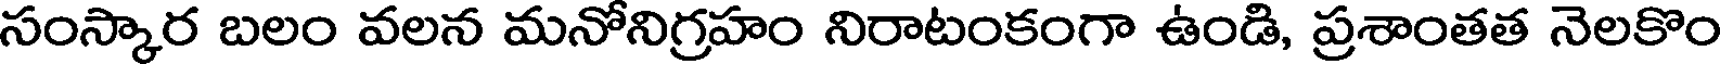
సంస్కార బలం వలన మనోనిగ్రహం నిరాటంకంగా ఉండి, ప్రశాంతత నెలకొం